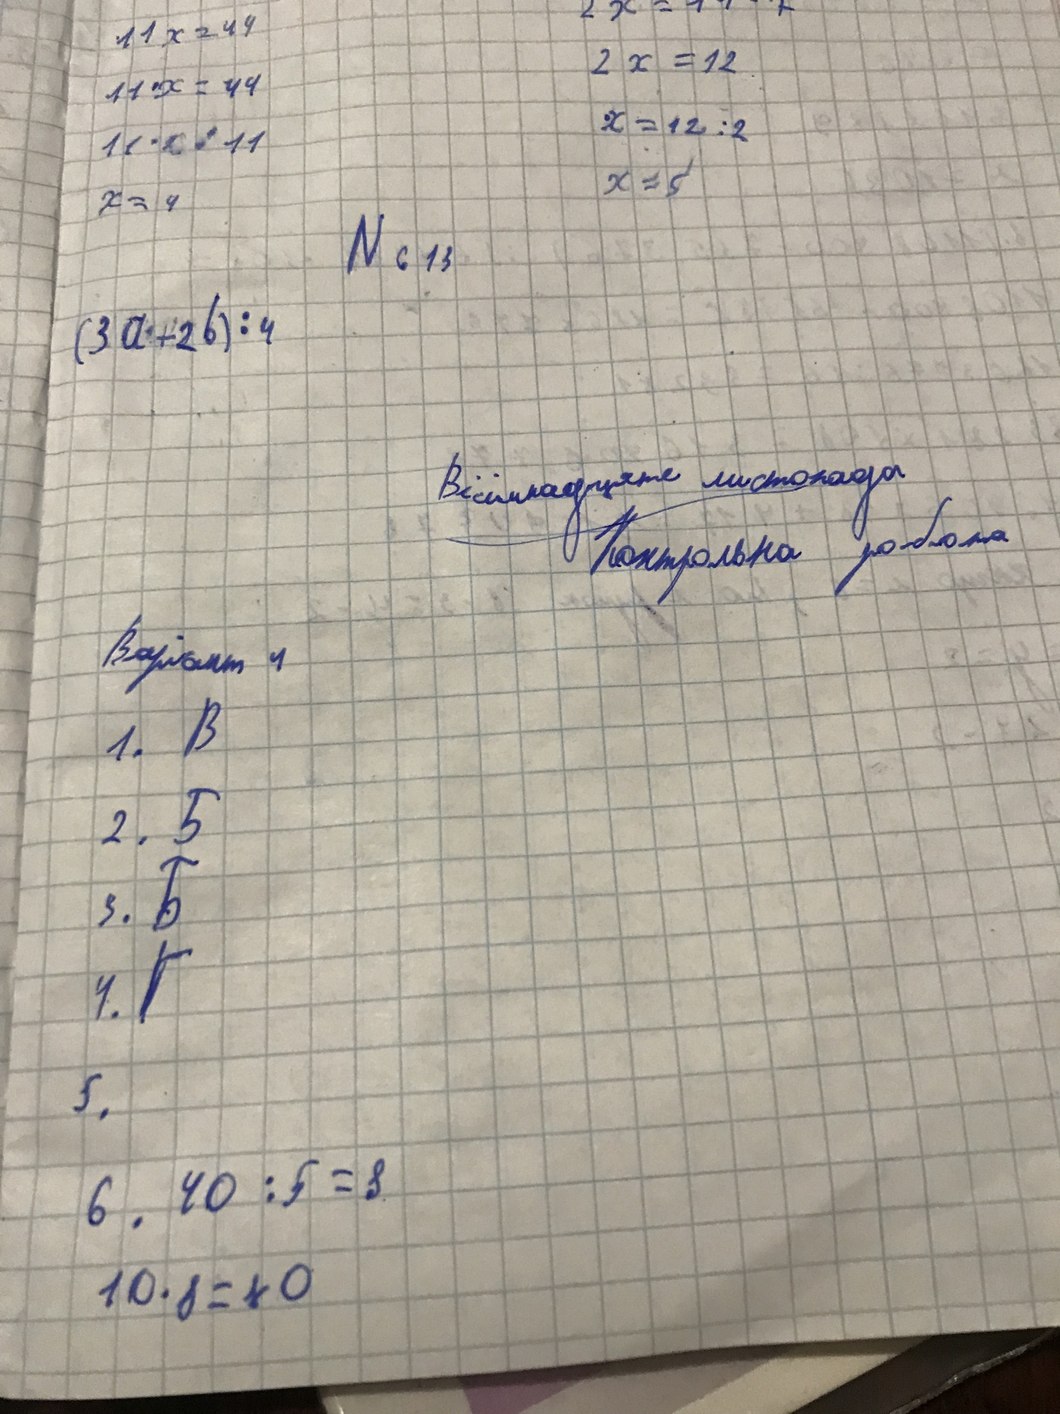
11x = 44
2 x = 12
11x = 44
x = 12 : 2
x = 5
x = 4
N 613
(3a + 2b) : 4
Вісімнадцяте листопада
Контрольна робота
Варіант 4
1. B
2. Б
3. Б
4. Г
5.
6. 40 : 5 = 8
10 * 8 = 80